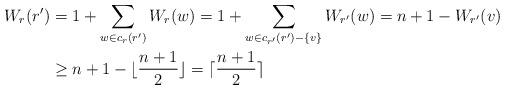
LaTeX: \begin{align*}W_r(r') & = 1 + \sum_{w \in c_r(r')} W_r(w) = 1 + \sum_{w \in c_{r'}(r')- \{v\}} W_{r'}(w) = n+1 - W_{r'}(v)\\& \ge n+1 - \lfloor \frac{n+1}{2} \rfloor = \lceil \frac{n+1}{2} \rceil\end{align*}